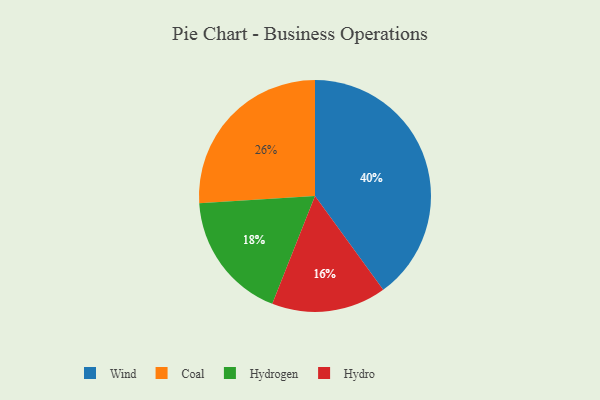
{"axis": {"x": "Category", "y": "Percentage"}, "legend": ["Coal", "Hydro", "Hydrogen", "Wind"], "data": [{"x": "Hydro", "y": 16, "type": "Hydro"}, {"x": "Coal", "y": 26, "type": "Coal"}, {"x": "Hydrogen", "y": 18, "type": "Hydrogen"}, {"x": "Wind", "y": 40, "type": "Wind"}]}